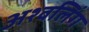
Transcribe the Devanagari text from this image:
अश्वलिंग